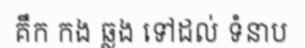
គឹក កង ឆ្លង ទៅដល់ ទំនាប